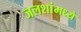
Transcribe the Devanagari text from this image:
जलशांमध्ये